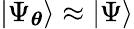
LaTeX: |\Psi_{\boldsymbol{\theta}}\rangle\approx|\Psi\rangle